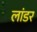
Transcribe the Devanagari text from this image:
लांडर